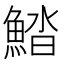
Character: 𩷽